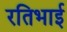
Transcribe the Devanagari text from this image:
रतिभाई